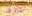
شارفنا